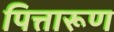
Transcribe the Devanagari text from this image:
पित्तारूण